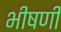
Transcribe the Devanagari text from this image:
भीषणी